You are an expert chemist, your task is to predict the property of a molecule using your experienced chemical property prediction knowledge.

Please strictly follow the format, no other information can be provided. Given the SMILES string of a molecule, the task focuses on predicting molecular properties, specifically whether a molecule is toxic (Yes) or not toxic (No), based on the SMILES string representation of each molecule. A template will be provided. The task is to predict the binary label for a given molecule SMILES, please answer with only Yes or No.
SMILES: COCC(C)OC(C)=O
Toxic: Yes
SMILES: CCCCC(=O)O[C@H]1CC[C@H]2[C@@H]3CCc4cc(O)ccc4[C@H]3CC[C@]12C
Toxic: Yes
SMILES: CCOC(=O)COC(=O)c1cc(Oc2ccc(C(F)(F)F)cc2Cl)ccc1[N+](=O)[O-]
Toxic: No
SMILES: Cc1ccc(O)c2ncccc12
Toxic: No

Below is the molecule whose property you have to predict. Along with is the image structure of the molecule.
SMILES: N=C(N)NCc1cccc(I)c1.N=C(N)NCc1cccc(I)c1
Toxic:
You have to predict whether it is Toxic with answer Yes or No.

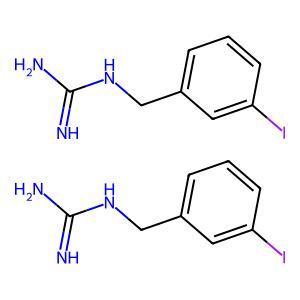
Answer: No